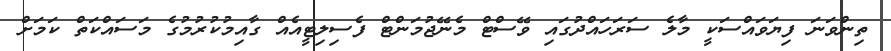
ތިންވަނަ ފިޔަވައްސަކީ މާލެ ސަރަހައްދުގައި ވޭސްޓް މެނޭޖުމަންޓް ފެސިލިޓީއެއް ގާއިމުކުރުމުގެ މަސައްކަތް ކަމަށް